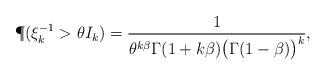
LaTeX: \begin{align*}\P(\xi_k^{-1}>\theta I_k)=\frac{1}{\theta^{k\beta}\Gamma(1+k\beta)\big(\Gamma(1-\beta)\big)^{k}},\end{align*}